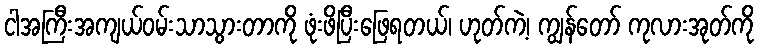
ငါအကြီးအကျယ်ဝမ်းသာသွားတာကို ဖုံးဖိပြီးဖြေရတယ်၊ ဟုတ်ကဲ့၊ ကျွန်တော် ကုလားအုတ်ကို